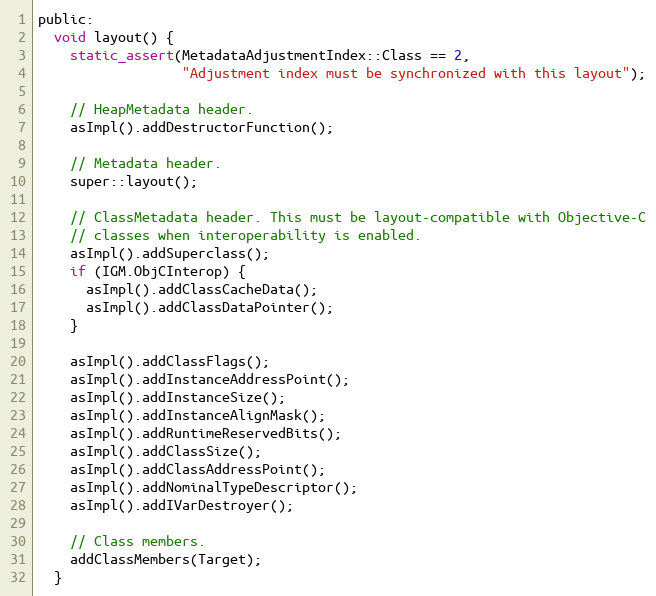
Language: C
public:
  void layout() {
    static_assert(MetadataAdjustmentIndex::Class == 2,
                  "Adjustment index must be synchronized with this layout");

    // HeapMetadata header.
    asImpl().addDestructorFunction();

    // Metadata header.
    super::layout();

    // ClassMetadata header. This must be layout-compatible with Objective-C
    // classes when interoperability is enabled.
    asImpl().addSuperclass();
    if (IGM.ObjCInterop) {
      asImpl().addClassCacheData();
      asImpl().addClassDataPointer();
    }

    asImpl().addClassFlags();
    asImpl().addInstanceAddressPoint();
    asImpl().addInstanceSize();
    asImpl().addInstanceAlignMask();
    asImpl().addRuntimeReservedBits();
    asImpl().addClassSize();
    asImpl().addClassAddressPoint();
    asImpl().addNominalTypeDescriptor();
    asImpl().addIVarDestroyer();

    // Class members.
    addClassMembers(Target);
  }